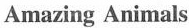
Amazing Animals